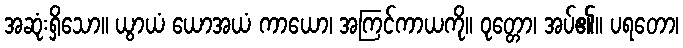
အဆုံးရှိသော။ ယွာယံ ယောအယံ ကာယော၊ အကြင်ကာယကို။ ဝုတ္တော၊ အပ်၏။ ပရတော၊